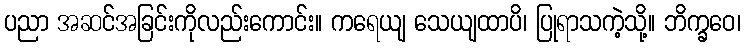
ပညာ အဆင်အခြင်းကိုလည်းကောင်း။ ကရေယျ သေယျထာပိ၊ ပြုရာသကဲ့သို့။ ဘိက္ခဝေ၊